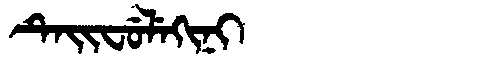
Manchu: ᡨᡝᡳᠸᡠᠯᡝᡴᡳᠨᡳ
Romanization: TEIFULEKINI